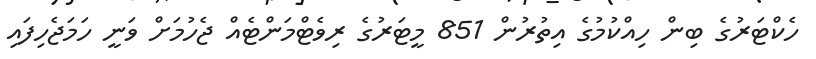
ހެކްޓަރުގެ ބިން ހިއްކުމުގެ އިތުރުން 851 މީޓަރުގެ ރިވެޓްމަންޓެއް ޖެހުމަށް ވަނީ ހަމަޖެހިފައި